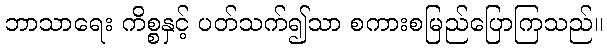
ဘာသာရေး ကိစ္စနှင့် ပတ်သက်၍သာ စကားစမြည်ပြောကြသည်။